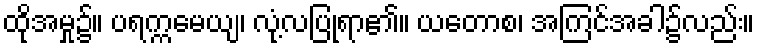
ထိုအမှု၌။ ပရက္ကမေယျ၊ လုံ့လပြုရာ၏။ ယတောစ၊ အကြင်အခါ၌လည်း။